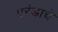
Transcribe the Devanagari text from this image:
एरंडाचे